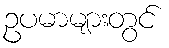
ဥပမာများတွင်